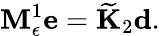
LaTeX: {\mathbf M}_{\epsilon}^{1}\mathbf{e}=\widetilde{\mathbf K}_{2}\mathbf{d}.